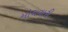
મોઘવારી